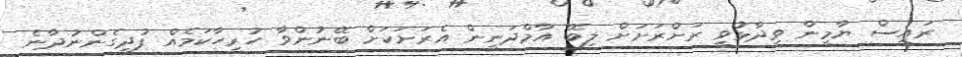
ރައީސް ޔާމީން ވިދާޅުވީ ރަށްރަށަށް ލިބޭ އާމްދަނީން އެރަށަކަށް ބޭނުންވާ ހުރިހާކަމެއް ފުދިގެންނުދާނެ